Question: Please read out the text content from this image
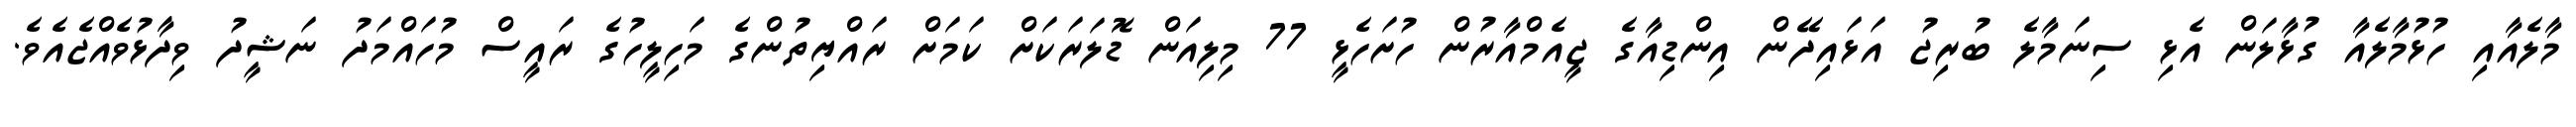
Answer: މާލެއާއި ހުޅުމާލެއާ ގުޅާލަން އެޅި ސިނަމާލެ ބުރިޖު އަޅައިދޭން އިންޑިއާގެ ޖީއެމްއާރުން ހުށަހެޅީ 77 މިލިއަން ޑޮލަރަކަށް ކަމަށް ރައްޔިތުންގެ މަހިލީހުގެ ރައީސް މުހައްމަދު ނަޝީދު ވިދާޅުވެއްޖެއެވެ.